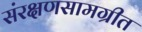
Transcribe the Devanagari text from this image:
संरक्षणसामग्रीत